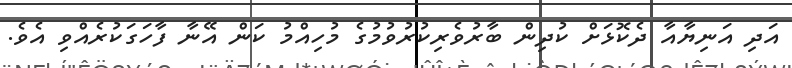
އަދި އަނިޔާއާ ދެކޮޅަށް ކުދިން ބާރުވެރިކުރުވުމުގެ މުހިއްމު ކަން އޭނާ ފާހަގަކުރެއްވި އެވެ.